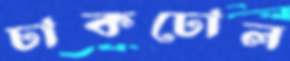
ঢাকঢোল